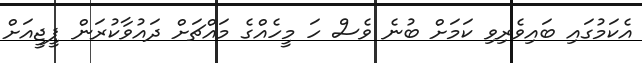
އެކަމުގައި ބައިވެރިވި ކަމަށް ބުނެ ވެސް ހަ މީހެއްގެ މައްޗަށް ދައުވާކުރަން ޕީޖީއަށް